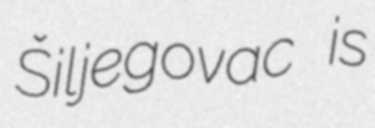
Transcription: Šiljegovac is